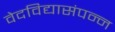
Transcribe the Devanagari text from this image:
वेदविद्यासंपन्न